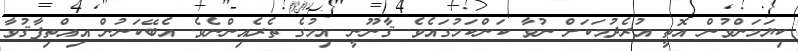
ކިޔަމަންވުން އޮތީ އުރެދުމަކަށް ނުވާ ކަންކަމުގައެވެ. ޤާނޫނީ އިމުގެ ތެރެއިންނެވެ. އެބޭކަނުން އިއްތިފާޤުވާ